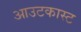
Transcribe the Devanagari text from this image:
आउटकास्ट